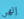
إلهي